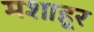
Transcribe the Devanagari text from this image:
मशाहूर